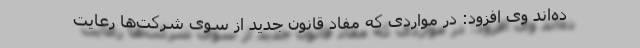
ده‌اند وی افزود: در مواردی که مفاد قانون جدید از سوی شرکت‌ها رعایت